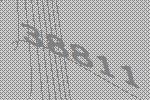
38811